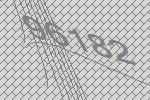
96182